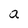
Character: a